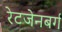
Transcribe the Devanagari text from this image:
रेटजेनबर्ग